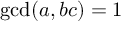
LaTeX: \operatorname* { g c d } ( a , b c ) = 1